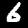
Digit: 6